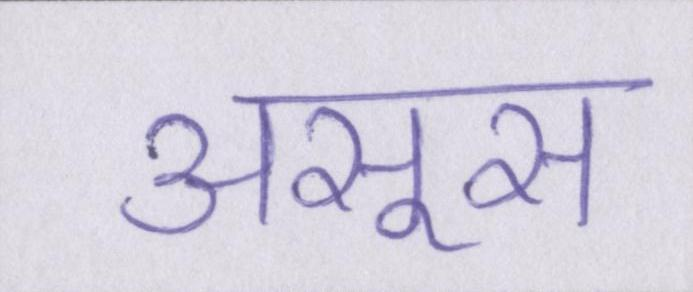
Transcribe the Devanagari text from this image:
असूस